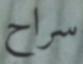
سراح